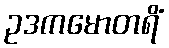
ဥဒကမောတရိံ